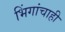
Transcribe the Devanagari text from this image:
भिंगांचाही